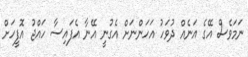
ނަމަވެސް އޭގެ އަނެއް ދުވަހު އަހަންނަށް އެގުނީ އޭނާ އެފައިސާ ހައްޖު އޮފީހަށް